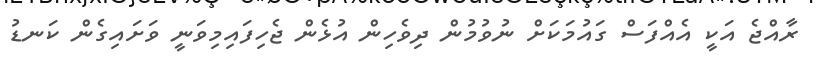
ރާއްޖެ އަކީ އެއްފަސް ގައުމަކަށް ނުވުމުން ދިވެހިން އުޅެން ޖެހިފައިމިވަނީ ވަށައިގެން ކަނޑު